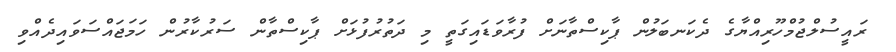
ރައީސުލްޖުމްހޫރިއްޔާގެ ދެކަނބަލުން ޕާކިސްތާނަށް ފުރާވަޑައިގަތީ މި ދަތުރުފުޅަށް ޕާކިސްތާން ސަރުކާރުން ހަމަޖައްސަވައިދެއްވި